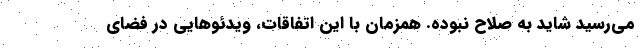
می‌رسید شاید به صلاح نبوده. همزمان با این اتفاقات، ویدئوهایی در فضای